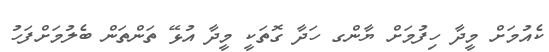
ކެއުމަށް މީދާ ހިފުމަށް ޔާންގ ހަދާ ގޮތަކީ މީދާ އުޅޭ ތަންތަން ބެލުމަށްފަހު